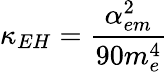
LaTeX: \kappa_{EH}=\frac{\alpha_{em}^{2}}{90m_{e}^{4}}